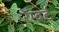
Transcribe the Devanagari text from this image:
रेम्बर्ट